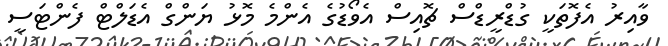
ވާއިރު އެފޮތަކީ ގުޑްރީޑްސް ޗޮއިސް އެވޯޑުގެ އެންމެ މޮޅު ޔަންގް އެޑަލްޓް ފެންޓަސީ